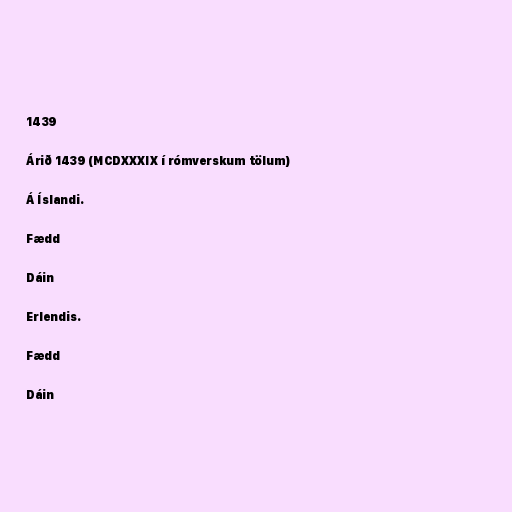
1439

Árið 1439 (MCDXXXIX í rómverskum tölum)

Á Íslandi.

Fædd

Dáin

Erlendis.

Fædd

Dáin